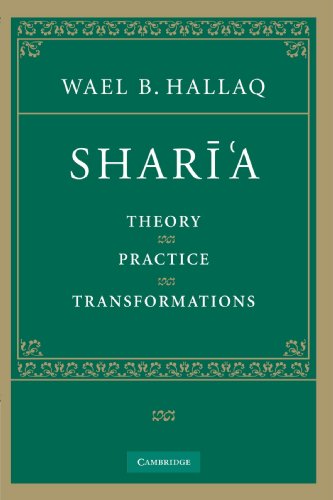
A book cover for SharÄ«'a: Theory, Practice, Transformations; Wael B. Hallaq; Religion & Spirituality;